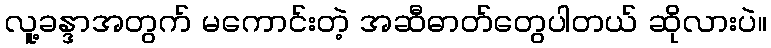
လူ့ခန္ဒာအတွက် မကောင်းတဲ့ အဆီဓာတ်တွေပါတယ် ဆိုလားပဲ။